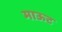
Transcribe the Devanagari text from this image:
माऊट